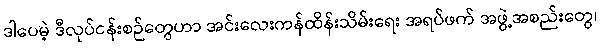
ဒါပေမဲ့ ဒီလုပ်ငန်းစဉ်တွေဟာ အင်းလေးကန်ထိန်းသိမ်းရေး အရပ်ဖက် အဖွဲ့အစည်းတွေ၊